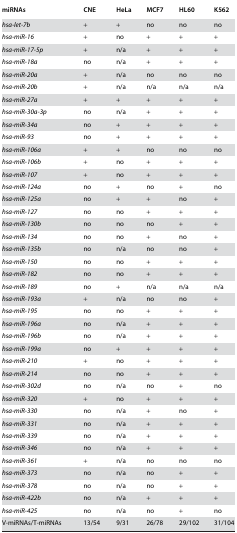
<table><thead><tr><td><b>miRNAs</b></td><td><b>CNE</b></td><td><b>HeLa</b></td><td><b>MCF7</b></td><td><b>HL60</b></td><td><b>K562</b></td></tr></thead><tbody><tr><td><i>hsa-let-7b</i></td><td>+</td><td>+</td><td>no</td><td>no</td><td>no</td></tr><tr><td><i>hsa-miR-16</i></td><td>+</td><td>no</td><td>+</td><td>+</td><td>+</td></tr><tr><td><i>hsa-miR-17-5p</i></td><td>+</td><td>n/a</td><td>+</td><td>+</td><td>+</td></tr><tr><td><i>hsa-miR-18a</i></td><td>no</td><td>n/a</td><td>+</td><td>+</td><td>+</td></tr><tr><td><i>hsa-miR-20a</i></td><td>+</td><td>n/a</td><td>no</td><td>no</td><td>no</td></tr><tr><td><i>hsa-miR-20b</i></td><td>+</td><td>n/a</td><td>n/a</td><td>n/a</td><td>n/a</td></tr><tr><td><i>hsa-miR-27a</i></td><td>+</td><td>+</td><td>+</td><td>+</td><td>+</td></tr><tr><td><i>hsa-miR-30a-3p</i></td><td>no</td><td>n/a</td><td>+</td><td>+</td><td>+</td></tr><tr><td><i>hsa-miR-34a</i></td><td>no</td><td>+</td><td>+</td><td>+</td><td>+</td></tr><tr><td><i>hsa-miR-93</i></td><td>no</td><td>+</td><td>+</td><td>+</td><td>+</td></tr><tr><td><i>hsa-miR-106a</i></td><td>+</td><td>+</td><td>no</td><td>no</td><td>no</td></tr><tr><td><i>hsa-miR-106b</i></td><td>+</td><td>no</td><td>+</td><td>+</td><td>+</td></tr><tr><td><i>hsa-miR-107</i></td><td>+</td><td>no</td><td>+</td><td>+</td><td>+</td></tr><tr><td><i>hsa-miR-124a</i></td><td>no</td><td>+</td><td>no</td><td>+</td><td>no</td></tr><tr><td><i>hsa-miR-125a</i></td><td>no</td><td>+</td><td>+</td><td>no</td><td>+</td></tr><tr><td><i>hsa-miR-127</i></td><td>no</td><td>no</td><td>+</td><td>+</td><td>+</td></tr><tr><td><i>hsa-miR-130b</i></td><td>no</td><td>no</td><td>no</td><td>+</td><td>+</td></tr><tr><td><i>hsa-miR-134</i></td><td>no</td><td>no</td><td>+</td><td>no</td><td>+</td></tr><tr><td><i>hsa-miR-135b</i></td><td>no</td><td>n/a</td><td>no</td><td>no</td><td>+</td></tr><tr><td><i>hsa-miR-150</i></td><td>no</td><td>no</td><td>+</td><td>+</td><td>+</td></tr><tr><td><i>hsa-miR-182</i></td><td>no</td><td>no</td><td>+</td><td>+</td><td>+</td></tr><tr><td><i>hsa-miR-189</i></td><td>no</td><td>+</td><td>n/a</td><td>n/a</td><td>n/a</td></tr><tr><td><i>hsa-miR-193a</i></td><td>+</td><td>n/a</td><td>no</td><td>no</td><td>+</td></tr><tr><td><i>hsa-miR-195</i></td><td>no</td><td>no</td><td>+</td><td>+</td><td>+</td></tr><tr><td><i>hsa-miR-196a</i></td><td>no</td><td>n/a</td><td>+</td><td>+</td><td>+</td></tr><tr><td><i>hsa-miR-196b</i></td><td>no</td><td>n/a</td><td>+</td><td>+</td><td>+</td></tr><tr><td><i>hsa-miR-199a</i></td><td>no</td><td>+</td><td>+</td><td>+</td><td>+</td></tr><tr><td><i>hsa-miR-210</i></td><td>+</td><td>no</td><td>+</td><td>+</td><td>+</td></tr><tr><td><i>hsa-miR-214</i></td><td>no</td><td>no</td><td>+</td><td>+</td><td>+</td></tr><tr><td><i>hsa-miR-302d</i></td><td>no</td><td>n/a</td><td>no</td><td>+</td><td>no</td></tr><tr><td><i>hsa-miR-320</i></td><td>+</td><td>no</td><td>+</td><td>+</td><td>+</td></tr><tr><td><i>hsa-miR-330</i></td><td>no</td><td>n/a</td><td>+</td><td>no</td><td>+</td></tr><tr><td><i>hsa-miR-331</i></td><td>no</td><td>n/a</td><td>+</td><td>+</td><td>+</td></tr><tr><td><i>hsa-miR-339</i></td><td>no</td><td>n/a</td><td>+</td><td>+</td><td>+</td></tr><tr><td><i>hsa-miR-346</i></td><td>no</td><td>n/a</td><td>+</td><td>+</td><td>+</td></tr><tr><td><i>hsa-miR-361</i></td><td>+</td><td>n/a</td><td>no</td><td>no</td><td>no</td></tr><tr><td><i>hsa-miR-373</i></td><td>no</td><td>n/a</td><td>no</td><td>+</td><td>+</td></tr><tr><td><i>hsa-miR-378</i></td><td>no</td><td>n/a</td><td>no</td><td>+</td><td>+</td></tr><tr><td><i>hsa-miR-422b</i></td><td>no</td><td>n/a</td><td>+</td><td>+</td><td>+</td></tr><tr><td><i>hsa-miR-425</i></td><td>no</td><td>n/a</td><td>no</td><td>+</td><td>no</td></tr><tr><td>V-miRNAs/T-miRNAs</td><td>13/54</td><td>9/31</td><td>26/78</td><td>29/102</td><td>31/104</td></tr></tbody></table>